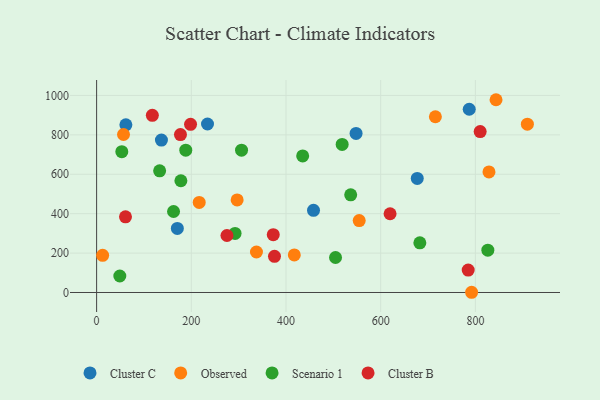
{"axis": {"x": "Ad Spend", "y": "Profit"}, "legend": ["Cluster B", "Cluster C", "Observed", "Scenario 1"], "data": [{"x": "458.1", "y": 417.0, "type": "Cluster C"}, {"x": "787.0", "y": 930.0, "type": "Cluster C"}, {"x": "136.9", "y": 773.6, "type": "Cluster C"}, {"x": "548.0", "y": 807.5, "type": "Cluster C"}, {"x": "170.5", "y": 325.3, "type": "Cluster C"}, {"x": "234.2", "y": 855.1, "type": "Cluster C"}, {"x": "677.2", "y": 578.9, "type": "Cluster C"}, {"x": "61.8", "y": 850.8, "type": "Cluster C"}, {"x": "554.6", "y": 364.9, "type": "Observed"}, {"x": "843.6", "y": 978.3, "type": "Observed"}, {"x": "296.8", "y": 469.7, "type": "Observed"}, {"x": "828.7", "y": 612.0, "type": "Observed"}, {"x": "792.0", "y": 1.1, "type": "Observed"}, {"x": "417.5", "y": 190.7, "type": "Observed"}, {"x": "715.5", "y": 891.9, "type": "Observed"}, {"x": "216.7", "y": 457.0, "type": "Observed"}, {"x": "56.8", "y": 801.9, "type": "Observed"}, {"x": "337.6", "y": 205.5, "type": "Observed"}, {"x": "12.7", "y": 188.5, "type": "Observed"}, {"x": "909.8", "y": 854.1, "type": "Observed"}, {"x": "306.1", "y": 722.3, "type": "Scenario 1"}, {"x": "53.2", "y": 714.4, "type": "Scenario 1"}, {"x": "435.2", "y": 692.9, "type": "Scenario 1"}, {"x": "826.3", "y": 214.9, "type": "Scenario 1"}, {"x": "292.4", "y": 300.0, "type": "Scenario 1"}, {"x": "162.5", "y": 411.1, "type": "Scenario 1"}, {"x": "682.7", "y": 252.1, "type": "Scenario 1"}, {"x": "504.6", "y": 177.5, "type": "Scenario 1"}, {"x": "133.1", "y": 617.6, "type": "Scenario 1"}, {"x": "536.6", "y": 495.8, "type": "Scenario 1"}, {"x": "49.0", "y": 83.6, "type": "Scenario 1"}, {"x": "518.6", "y": 751.2, "type": "Scenario 1"}, {"x": "188.3", "y": 722.2, "type": "Scenario 1"}, {"x": "178.0", "y": 567.1, "type": "Scenario 1"}, {"x": "198.4", "y": 853.5, "type": "Cluster B"}, {"x": "61.0", "y": 384.2, "type": "Cluster B"}, {"x": "784.8", "y": 114.0, "type": "Cluster B"}, {"x": "275.3", "y": 289.2, "type": "Cluster B"}, {"x": "373.1", "y": 293.5, "type": "Cluster B"}, {"x": "375.7", "y": 183.8, "type": "Cluster B"}, {"x": "117.7", "y": 899.2, "type": "Cluster B"}, {"x": "177.1", "y": 801.4, "type": "Cluster B"}, {"x": "619.8", "y": 399.6, "type": "Cluster B"}, {"x": "810.1", "y": 816.7, "type": "Cluster B"}]}